Annual report of lunatic asylums [Bombay] - 1912-1922
Year: 1912
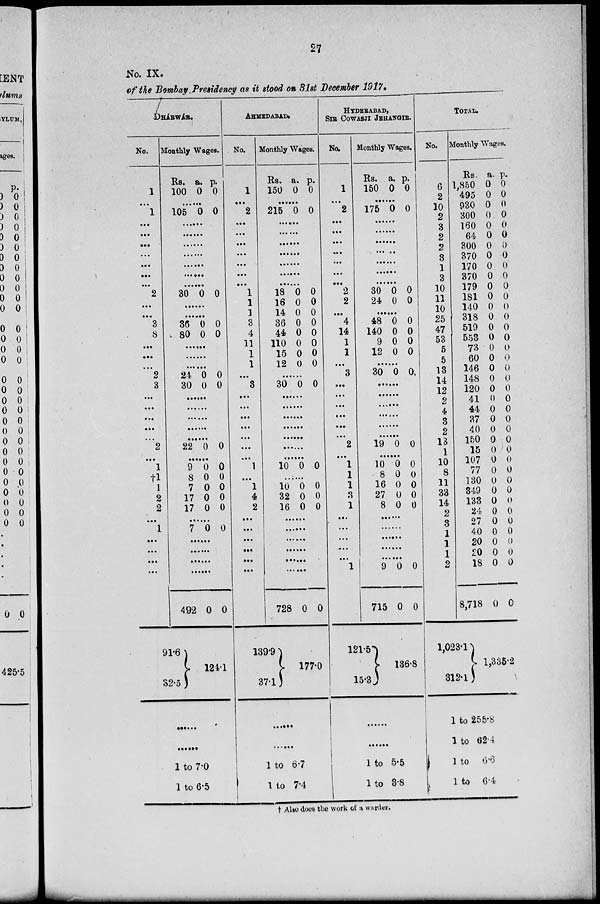
27
No. IX.
of the Bombay Presidency as it stood on 31st December 1917.
DHÁRWÁR.
No.
1
...
1
...
...
...
...
...
...
...
2
...
...
3
8
...
...
...
2
3
...
...
...
...
...
2
...
1
†1
1
2
2
...
1
...
...
...
...
...
Monthly Wages.
Rs.
100
a.
0
p.
0
......
105 0 0
......
......
......
......
......
......
......
30 0 0
......
......
36
80
0
0
0
0
......
......
......
24
30
0
0
0
0
......
......
......
......
......
22 0 0
......
9
8
7
17
17
0
0
0
0
0
0
0
0
0
0
......
7 0 0
......
......
......
......
492
91.6
32.5
0 0
124.1
......
......
1 to 7.0
1 to 6.5
AHMEDABAD
No.
1
...
2
...
...
...
...
...
...
...
1
1
1
3
4
11
1
1
...
3
...
...
...
...
...
...
...
1
...
1
4
2
...
...
...
...
...
...
...
Monthly Wages.
Rs.
150
a.
0
p.
0
......
215 0 0
......
......
......
......
......
......
......
18
16
14
36
44
110
15
12
0
0
0
0
0
0
0
0
0
0
0
0
0
0
0
0
......
30 0 0
......
......
......
......
......
......
......
10 0 0
......
10
32
16
0
0
0
0
0
0
......
......
......
......
......
......
728
139.9
37.1
0 0
177.0
......
......
1 to 6.7
1 to 7.4
HYDERABAD,
SIR COWASJI JEHANGIR.
No.
1
...
2
...
...
...
...
...
...
...
2
2
...
4
14
1
1
...
3
...
...
...
...
...
...
2
...
1
1
1
3
1
...
...
...
...
...
1
...
Monthly Wages.
Rs.
150
a.
0
p.
0
......
175 0 0
......
......
......
......
......
......
......
30
24
0
0
0
0
......
48
140
9
12
0
0
0
0
0
0
0
0
......
30 0 0
......
......
......
......
......
......
19 0 0
......
10
8
16
27
8
0
0
0
0
0
0
0
0
0
0
......
......
......
......
......
9
715
121.5
15.3
0
0
0
0
136.8
......
......
1 to 5.5
1 to 3.8
TOTAL.
No.
6
2
10
2
3
2
2
3
1
3
10
11
10
25
47
53
5
5
13
14
12
2
4
3
2
13
1
10
8
11
33
14
2
3
1
1
1
2
...
Monthly Wages.
Rs.
1,850
495
930
300
160
64
300
370
170
370
179
181
140
318
519
553
73
60
146
148
120
41
44
37
40
150
15
107
77
130
349
133
24
27
40
20
20
18
8,718
1,023.1
312.1
a.
0
0
0
0
0
0
0
0
0
0
0
0
0
0
0
0
0
0
0
0
0
0
0
0
0
0
0
0
0
0
0
0
0
0
0
0
0
0
0
p.
0
0
0
0
0
0
0
0
0
0
0
0
0
0
0
0
0
0
0
0
0
0
0
0
0
0
0
0
0
0
0
0
0
0
0
0
0
0
0
1,335.2
1 to 255.8
1 to 62.4
1 to
6.6
1 to 6.4
† Also does the work of a warder.